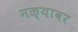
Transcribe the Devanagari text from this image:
मळ्यावर